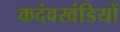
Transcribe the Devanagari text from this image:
कदंवखंडियों